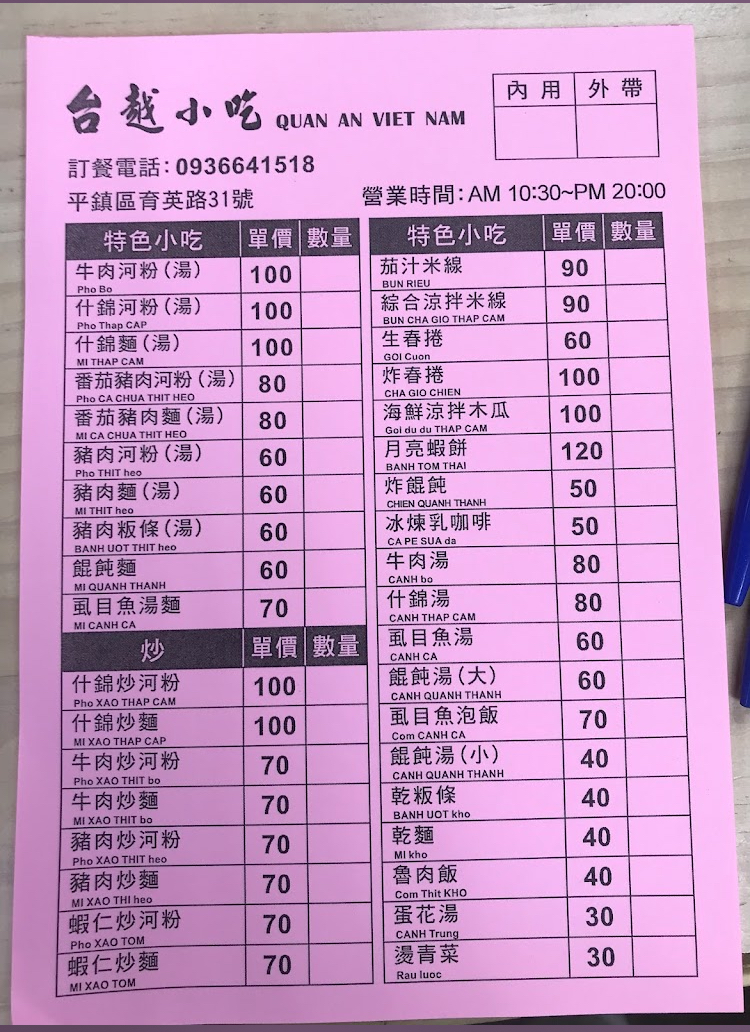
餐廳：台越小吃QUANANVIETNAM
地址：平鎮區育英路31號
電話：0936641518
營業時間：AM10:30~PM20:00
菜單：
name: 牛肉河粉(湯)PhoBo
price: 100
name: 什錦河粉(湯)PhoThapCam
price: 100
name: 什錦麵(湯)MIThapCam
price: 100
name: 番茄豬肉河粉(湯)PhoCaChuaThitHeo
price: 80
name: 番茄豬肉麵(湯)MICaChuaThitHeo
price: 80
name: 豬肉河粉(湯)PhoThitHeo
price: 60
name: 豬肉麵(湯)MIThitHeo
price: 60
name: 豬肉粄條(湯)BanhUotThitHeo
price: 60
name: 餛飩麵MIQuanhThanh
price: 60
name: 虱目魚湯麵MICanhCa
price: 70
name: 什錦炒河粉PhoXaoThapCam
price: 100
name: 什錦炒麵MIXaoThapCam
price: 100
name: 牛肉炒河粉PhoXaoThitBo
price: 70
name: 牛肉炒麵MIXaoThitBo
price: 70
name: 豬肉炒河粉PhoXaoThitHeo
price: 70
name: 豬肉炒麵MIXaoThitHeo
price: 70
name: 蝦仁炒河粉PhoXaoTom
price: 70
name: 蝦仁炒麵MIXaoTom
price: 70
name: 茄汁米線BunRieu
price: 90
name: 綜合涼拌米線BunChaGioThapCam
price: 90
name: 生春捲GoiCuon
price: 60
name: 炸春捲ChaGioChien
price: 100
name: 海鮮涼拌木瓜GoiDuDuThapCam
price: 100
name: 月亮蝦餅BanhTomThai
price: 120
name: 炸餛飩ChienQuanhThanh
price: 50
name: 冰煉乳咖啡CaPeSuaDa
price: 50
name: 牛肉湯CanhBo
price: 80
name: 什錦湯CanhThapCam
price: 80
name: 虱目魚湯CanhCa
price: 60
name: 餛飩湯(大)CanhQuanhThanh
price: 60
name: 餛飩湯(小)CanhQuanhThanh
price: 40
name: 虱目魚泡飯ComCanhCa
price: 70
name: 乾粄條BanhUotKho
price: 40
name: 乾麵MIKho
price: 40
name: 魯肉飯ComThitKho
price: 40
name: 蛋花湯CanhTrung
price: 30
name: 燙青菜RauLuoc
price: 30